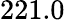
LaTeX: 221.0